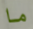
ما